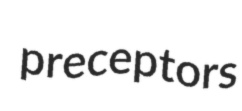
preceptors